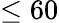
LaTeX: \leq 60